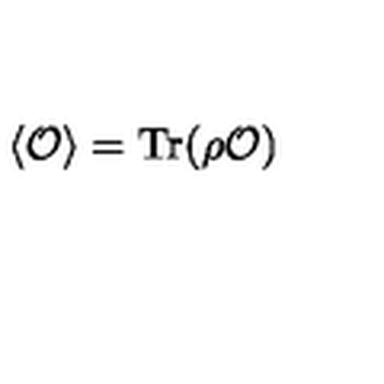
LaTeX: \langle { \cal O } \rangle = \mathrm { T r } ( \rho { \cal O } )